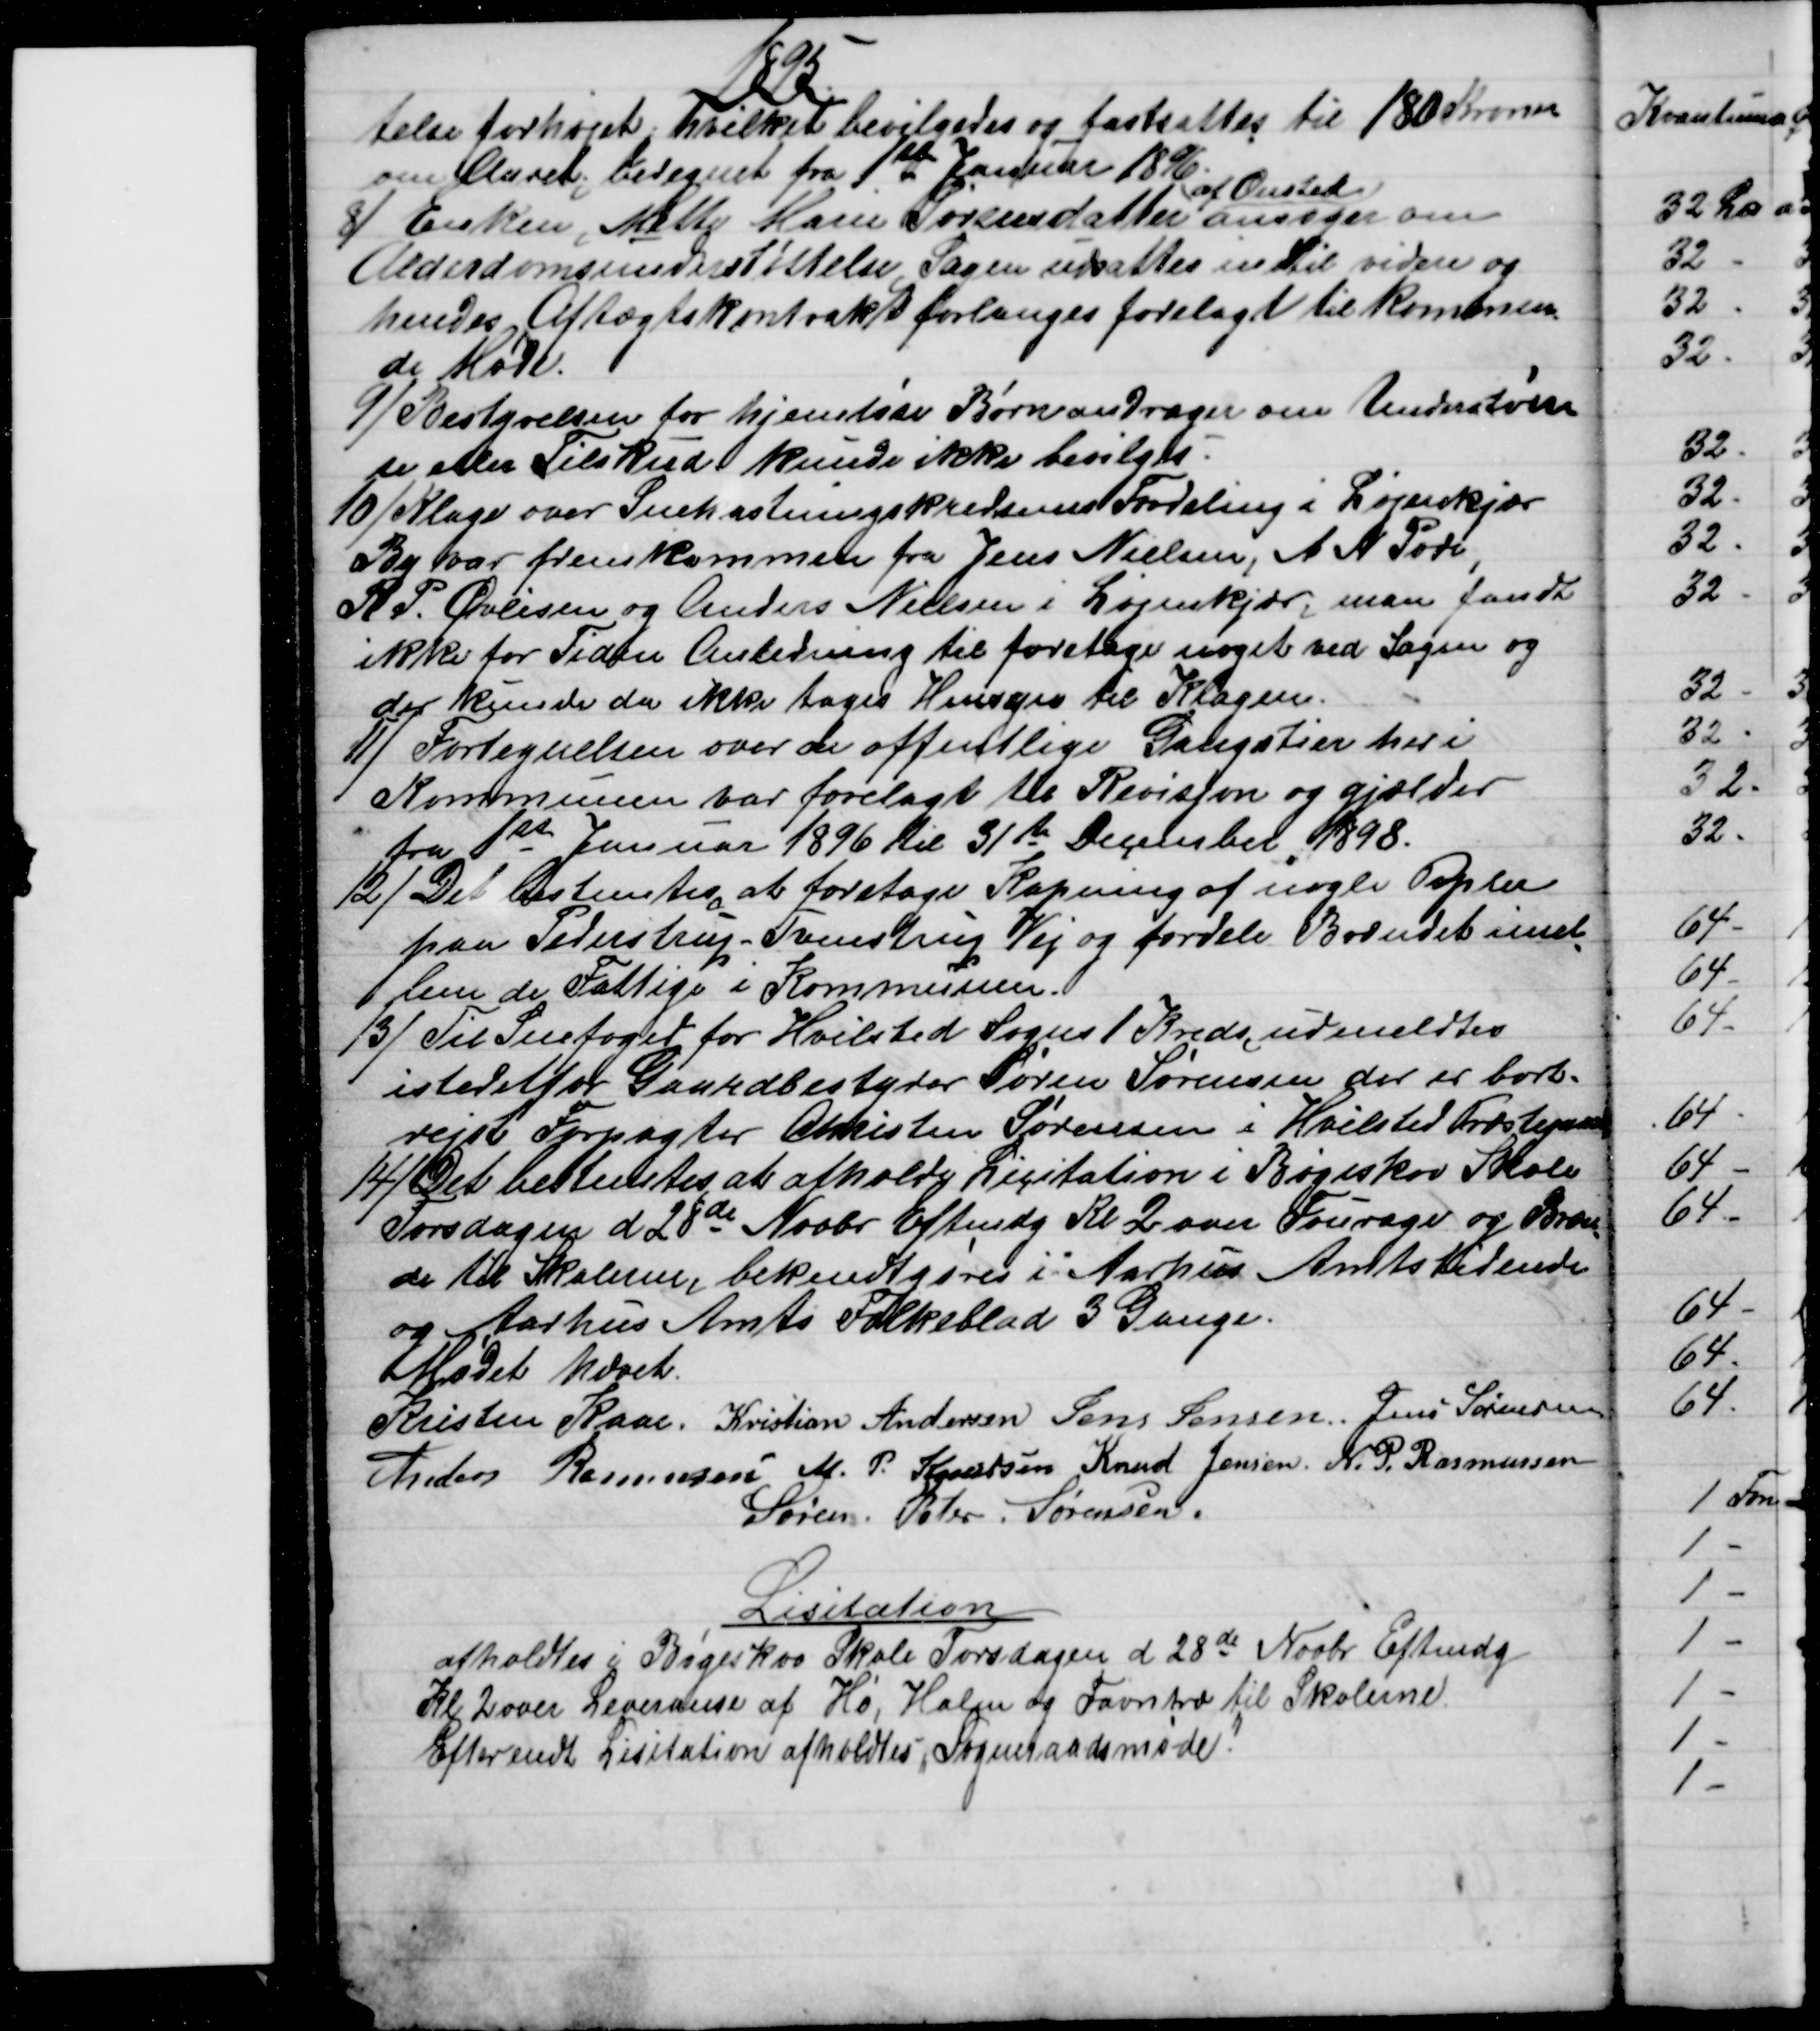
Transskription:
1895.
telse forhøjet, hvilket bevilgedes og fastsattes til 180 Kroner
om Aaret beregnet fra 1ste Januar 1896.
 8)
 Enken, Mette Marie Sørensdatter 
af Onsted
ansøger om
Alderdomsunderstøttelse. Sagen udsattes indtil videre og
hendes Aftægtskontrakt forlanges forelagt til kommen
de Møde.
9) 
Bestyrelsen for hjemløse Børn andrager om Understøttel
se eller Tilskud. kunde ikke bevilges
10) Klage over Snekastningskredsens Fordeling i Løjenkjær
By var fremkommen fra Jens Nielsen, A N. Pode,
R. P. Øvlisen og Anders Nielsen i Løjenkjær, man fandt
ikke for Tiden Anledning til foretage noget ved Sagen og
der kunde da ikke tages Hensyn til Klagen.
11) 
Fortegnelsen over de offentlige Gangstier her i
Kommunen var forelagt til Revisjon og gjælder
fra 1ste Januar 1896 til 31te December 1898.
12) 
Det bestemtes, at foretage Kapning af nogle Popler
paa Pederstrup-Tvenstrup Vej og fordele Brændet imel
lem de Fattige i Kommunen.
13) 
Til Snefoged for Hvilsted Sogns 1 Kreds udmeldtes
istedet for Gaardbestyrer Søren Sørensen der er bort-
rejst Forpagter Christen Sørensen i Hvilsted Præstegaard
14) 
Det bestemtes at afholde Licitation i Bøgeskov Skole
Torsdagen d 28de Novbr Eftmdg Kl 2 over Fourage og Bræn
=
de til Skolerne, bekendtgøres i Aarhus Amtstidende
og Aarhus Amts Folkeblad 3 Gange.
Mødet hævet.
Kristen Kaae. Kristian Andersen Jens Jensen. Jens Sørensen
Anders Rasmussen M. P. Knudsen Knud Jensen. N. P. Rasmussen
Søren. Peter. Sørensen.
Lisitation
afholdtes i Bøgeskov Skole Torsdagen d 28de Novbr Eftmdg
Kl. 2 over Leveranse af Hø, Halm og Favntræ til Skolerne.
Efter endt Lisitation afholdtes Sogneraadsmøde!